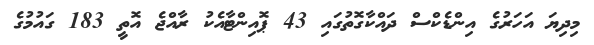
މިދިޔަ އަހަރުގެ އިންޑެކްސް ދައްކާގޮތުގައި 43 ޕޮއިންޓާއެކު ރާއްޖެ އޮތީ 183 ގައުމުގެ